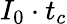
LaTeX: I_{0}\cdot t_{c}